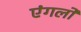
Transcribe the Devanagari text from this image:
एंगलो